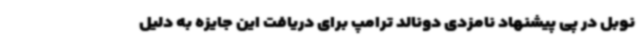
نوبل در پی پیشنهاد نامزدی دونالد ترامپ برای دریافت این جایزه به دلیل